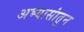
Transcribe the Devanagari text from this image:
अभ्यासांतून